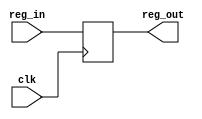
module Para_Reg(clk, reg_in, reg_out);
	parameter W = 32;

	input clk;
	input [W-1:0] reg_in;
	output [W-1:0] reg_out;
	
	reg [W-1:0] Reg;
	
	assign reg_out = Reg;

	always@(posedge clk)
		begin
		Reg <= reg_in;
		end

endmodule